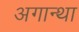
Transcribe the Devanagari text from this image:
अगान्था